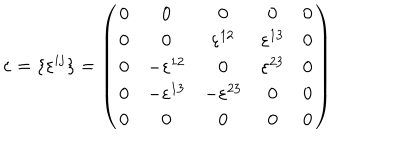
\varepsilon = \{ \varepsilon ^ { i j } \} = \left( \begin{array} { c c c c c } { { 0 } } & { { 0 } } & { { 0 } } & { { 0 } } & { { 0 } } \\ { { 0 } } & { { 0 } } & { { \varepsilon ^ { 1 2 } } } & { { \varepsilon ^ { 1 3 } } } & { { 0 } } \\ { { 0 } } & { { - \varepsilon ^ { 1 2 } } } & { { 0 } } & { { \varepsilon ^ { 2 3 } } } & { { 0 } } \\ { { 0 } } & { { - \varepsilon ^ { 1 3 } } } & { { - \varepsilon ^ { 2 3 } } } & { { 0 } } & { { 0 } } \\ { { 0 } } & { { 0 } } & { { 0 } } & { { 0 } } & { { 0 } } \\ \end{array} \right)